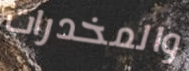
والمخدرات